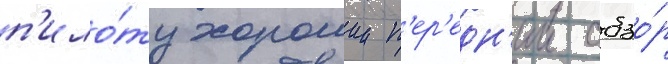
п'ило́ту хорошии п'ер'едн'ии обзо́р